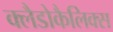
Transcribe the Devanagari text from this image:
क्लैडोकैलिक्स